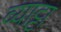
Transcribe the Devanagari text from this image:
व्याट्टा